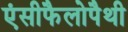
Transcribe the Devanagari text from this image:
एंसीफैलोपैथी